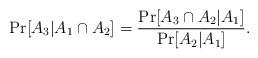
LaTeX: \begin{align*}\Pr[A_{3}|A_{1} \cap A_{2}] = \frac{\Pr[A_3 \cap A_2 | A_1]}{\Pr[A_2 | A_1]}.\end{align*}